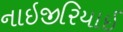
નાઇજીરિયાઈ